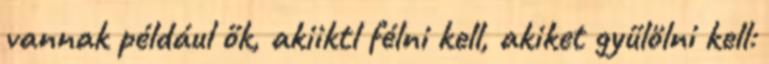
vannak például ők, akiiktl félni kell, akiket gyűlölni kell: